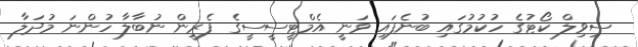
ސިވިލް ކޯޓުގެ ހުކުމުގައި ބުނެފައި ވަނީ އެމްޓީސީސީގެ ފެރީން ނުބާލާ ހުންނަ މުދަލާ